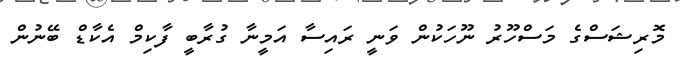
މޮރިޝަސްގެ މަސްހޫރު ނޫހަކުން ވަނީ ރައިސާ އަމީނާ ގުރާބީ ފާކިމް އެކާޑް ބޭނުން